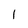
Character: l